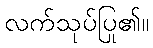
လက်သုပ်ပြု၏။